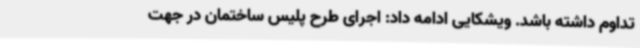
تداوم داشته باشد. ویشکایی ادامه داد: اجرای طرح پلیس ساختمان در جهت